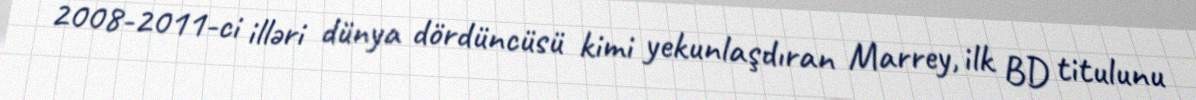
2008-2011-ci illəri dünya dördüncüsü kimi yekunlaşdıran Marrey, ilk BD titulunu